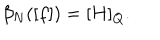
LaTeX: \beta _ { N } ( [ f ] ) = [ H ] _ { Q } .